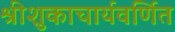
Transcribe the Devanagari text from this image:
श्रीशुकाचार्यवर्णित